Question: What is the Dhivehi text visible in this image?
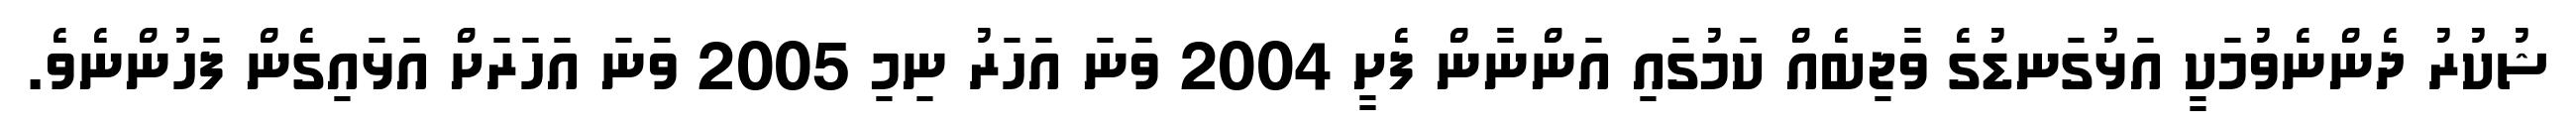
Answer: ޝުކުރު ދެންނެވުމަކީ އަޅުގަނޑުގެ ވާޖިބެއް ކަމުގައި އަންނާން ފެށީ 2004 ވަނަ އަހަރު ނިމި 2005 ވަނަ އަހަރަށް އަޅައިގެން ފަހުންނެވެ.